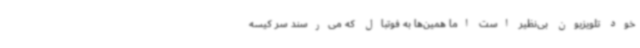
خود تلویزیون بی‌نظیر است اما همین‌ها به فوتبال که می‌رسند سر کیسه